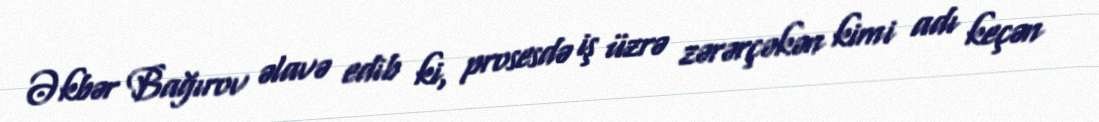
Əkbər Bağırov əlavə edib ki, prosesdə iş üzrə zərərçəkən kimi adı keçən